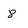
Character: 8